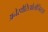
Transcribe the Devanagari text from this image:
अनेस्थेसिओलोजिस्ट्स